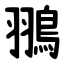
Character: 翵